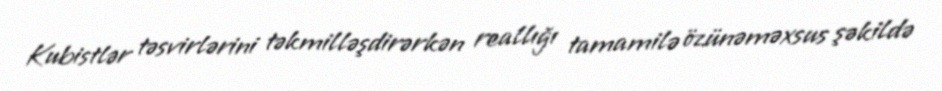
Kubistlər təsvirlərini təkmilləşdirərkən reallığı tamamilə özünəməxsus şəkildə